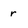
Character: r